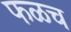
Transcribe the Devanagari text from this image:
फळच